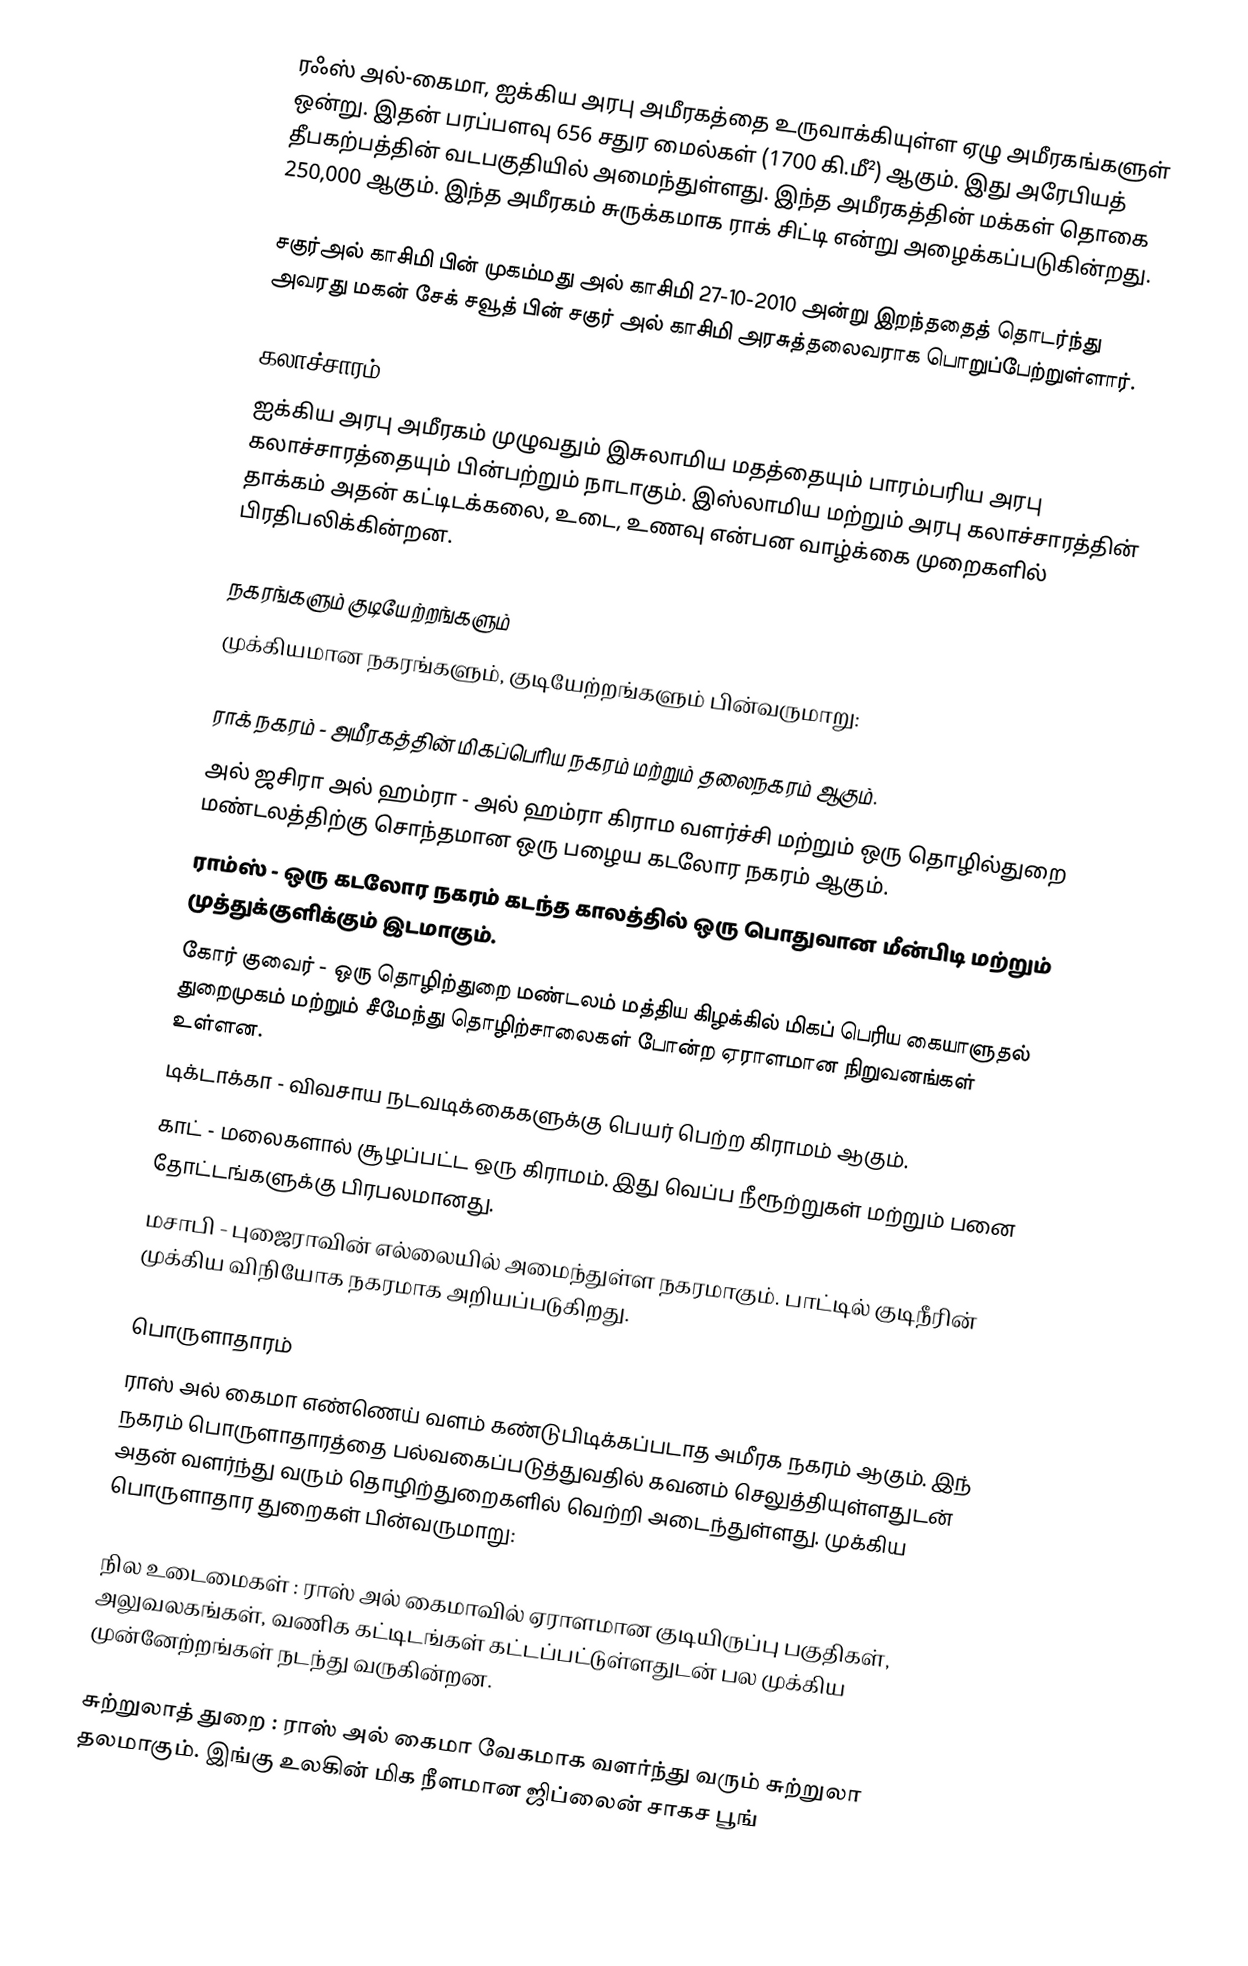
ரஃஸ் அல்-கைமா, ஐக்கிய அரபு அமீரகத்தை உருவாக்கியுள்ள ஏழு அமீரகங்களுள் ஒன்று. இதன் பரப்பளவு 656 சதுர மைல்கள் (1700 கி.மீ²) ஆகும். இது அரேபியத் தீபகற்பத்தின் வடபகுதியில் அமைந்துள்ளது. இந்த அமீரகத்தின் மக்கள் தொகை 250,000 ஆகும். இந்த அமீரகம் சுருக்கமாக ராக் சிட்டி என்று அழைக்கப்படுகின்றது.

சகுர்அல் காசிமி பின் முகம்மது அல் காசிமி 27-10-2010 அன்று இறந்ததைத் தொடர்ந்து அவரது மகன் சேக் சவூத் பின் சகுர் அல் காசிமி அரசுத்தலைவராக பொறுப்பேற்றுள்ளார்.

கலாச்சாரம்
ஐக்கிய அரபு அமீரகம் முழுவதும் இசுலாமிய மதத்தையும் பாரம்பரிய அரபு கலாச்சாரத்தையும் பின்பற்றும் நாடாகும். இஸ்லாமிய மற்றும் அரபு கலாச்சாரத்தின் தாக்கம் அதன் கட்டிடக்கலை, உடை, உணவு என்பன வாழ்க்கை முறைகளில் பிரதிபலிக்கின்றன.

நகரங்களும் குடியேற்றங்களும்
முக்கியமான நகரங்களும், குடியேற்றங்களும் பின்வருமாறு:

 ராக் நகரம் - அமீரகத்தின் மிகப்பெரிய நகரம் மற்றும் தலைநகரம் ஆகும்.
 அல் ஜசிரா அல் ஹம்ரா - அல் ஹம்ரா கிராம வளர்ச்சி மற்றும் ஒரு தொழில்துறை மண்டலத்திற்கு சொந்தமான ஒரு பழைய கடலோர நகரம் ஆகும்.
 ராம்ஸ் - ஒரு கடலோர நகரம் கடந்த காலத்தில் ஒரு பொதுவான மீன்பிடி மற்றும் முத்துக்குளிக்கும் இடமாகும்.
 கோர் குவைர் - ஒரு தொழிற்துறை மண்டலம் மத்திய கிழக்கில் மிகப் பெரிய கையாளுதல் துறைமுகம் மற்றும் சீமேந்து தொழிற்சாலைகள் போன்ற ஏராளமான நிறுவனங்கள் உள்ளன.
 டிக்டாக்கா - விவசாய நடவடிக்கைகளுக்கு பெயர் பெற்ற கிராமம் ஆகும்.
 காட் - மலைகளால் சூழப்பட்ட ஒரு கிராமம். இது வெப்ப நீரூற்றுகள் மற்றும் பனை தோட்டங்களுக்கு பிரபலமானது.
 மசாபி - புஜைராவின் எல்லையில் அமைந்துள்ள நகரமாகும். பாட்டில் குடிநீரின் முக்கிய விநியோக நகரமாக அறியப்படுகிறது.

பொருளாதாரம்
ராஸ் அல் கைமா எண்ணெய் வளம் கண்டுபிடிக்கப்படாத அமீரக நகரம் ஆகும். இந் நகரம் பொருளாதாரத்தை பல்வகைப்படுத்துவதில் கவனம் செலுத்தியுள்ளதுடன் அதன் வளர்ந்து வரும் தொழிற்துறைகளில் வெற்றி அடைந்துள்ளது. முக்கிய பொருளாதார  துறைகள் பின்வருமாறு:

நில உடைமைகள் : ராஸ் அல் கைமாவில் ஏராளமான குடியிருப்பு பகுதிகள், அலுவலகங்கள், வணிக கட்டிடங்கள் கட்டப்பட்டுள்ளதுடன் பல முக்கிய முன்னேற்றங்கள் நடந்து வருகின்றன.

சுற்றுலாத் துறை :  ராஸ் அல் கைமா வேகமாக வளர்ந்து வரும் சுற்றுலா தலமாகும். இங்கு உலகின் மிக நீளமான ஜிப்லைன் சாகச பூங்